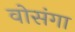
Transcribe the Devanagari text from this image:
वोसंगा